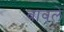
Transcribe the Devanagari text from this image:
बावले